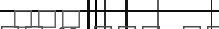
١٢٦